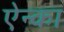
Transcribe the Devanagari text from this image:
ऐन्का